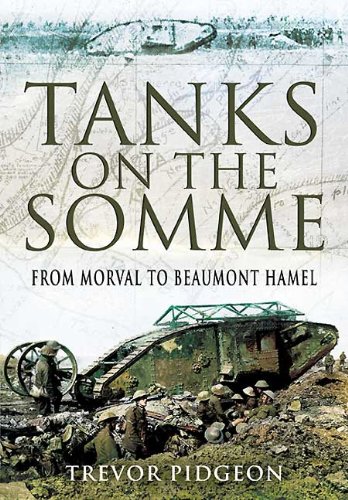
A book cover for TANKS ON THE SOMME: From Morval to Beaumont Hamel; Trevor Pidgeon; History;